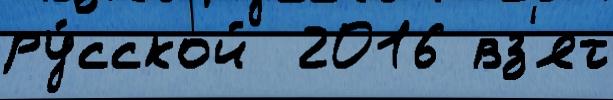
ру́сской  2016 вз'ят